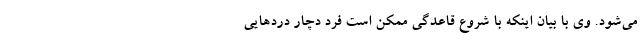
می‌شود. وی با بیان اینکه با شروع قاعدگی ممکن است فرد دچار دردهایی